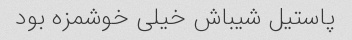
پاستیل شیباش خیلی خوشمزه بود